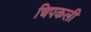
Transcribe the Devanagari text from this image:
चिपकली